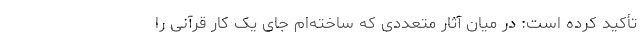
تأکید کرده است: در میان آثار متعددی که ساخته‌ام جای یک کار قرآنی را